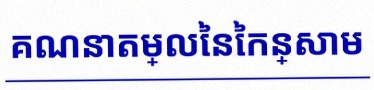
គណនាតម្លៃនៃកន្សោម